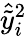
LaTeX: \hat{\widetilde{y}}_{i}^{2}